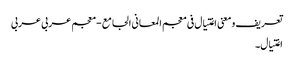
تعریف و معنی اغتیال فی معجم المعانی الجامع - معجم عربی عربی
اغتیال۔